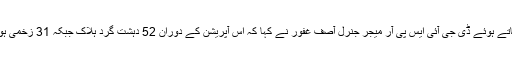
آپریشن خیبر فور کی تفصیلات بتاتے ہوئے ڈی جی آئی ایس پی آر میجر جنرل آصف غفور نے کہا کہ اس آپریشن کے دوران 52 دہشت گرد ہلاک جبکہ 31 زخمی ہوئے اور چار نے ہتھیار ڈال دیے۔